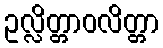
ဥလ္လိတ္တာဝလိတ္တာ